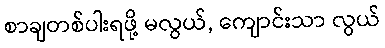
စာချတစ်ပါးရဖို့ မလွယ်, ကျောင်းသာ လွယ်